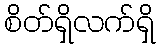
စိတ်ရှိလက်ရှိ